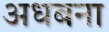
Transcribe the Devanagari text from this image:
अधबना